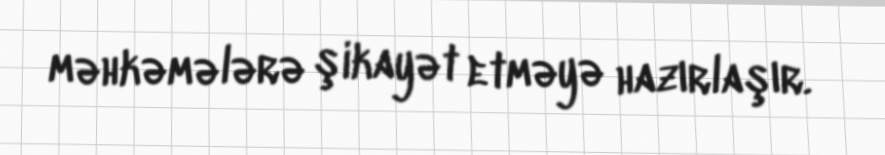
məhkəmələrə şikayət etməyə hazırlaşır.